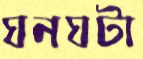
ঘনঘটা